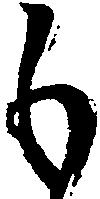
も